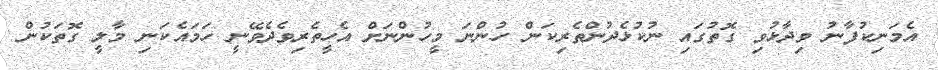
އެމަނިކުފާނު ވިދާޅުވި ގޮތުގައި ނުކުޅެދުންތެރިކަން ހުންނަ މީހުންނަށް އެހީތެރިވެދެވޭނީ ހަމައެކަނި މާލީ ގޮތަކުން